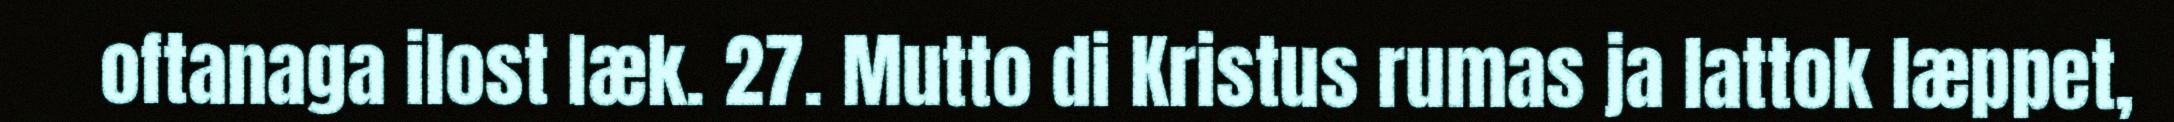
oftanaga ilost læk. 27. Mutto di Kristus rumas ja lattok læppet,